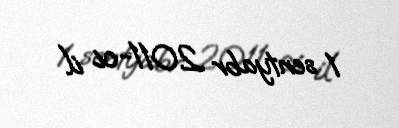
1 sentyabr 2011-ci il